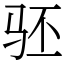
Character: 𬳵